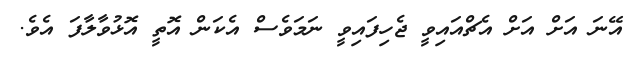
އޭނަ އަށް އަށް އެޗްއައިވީ ޖެހިފައިވީ ނަމަވެސް އެކަން އޮތީ އޮޅުވާލާފަ އެވެ.